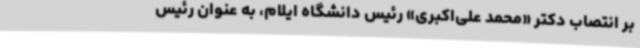
بر انتصاب دکتر «محمد علی‌اکبری» رئیس دانشگاه ایلام، به عنوان رئیس